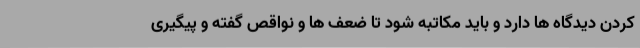
کردن دیدگاه ها دارد و باید مکاتبه شود تا ضعف ها و نواقص گفته و پیگیری